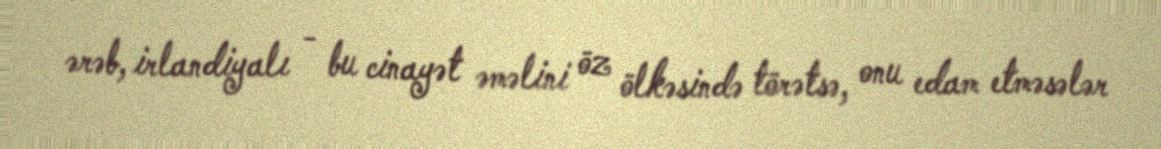
ərəb, irlandiyalı - bu cinayət əməlini öz ölkəsində törətsə, onu edam etməsələr